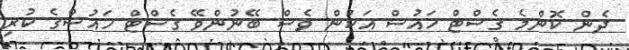
ދެން ކޮންމެ ގެސްޓް ހައުސް އަކުން ވެސް ބޭނުންވޭ ގެސްޓް ހައުސްގެ ކުރި